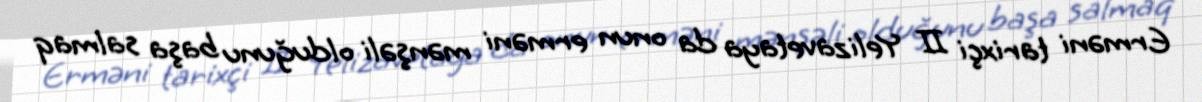
Erməni tarixçi II Yelizavetaya da onun erməni mənşəli olduğunu başa salmaq